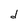
Character: d